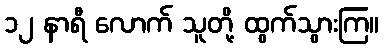
၁၂ နာရီ လောက် သူတို့ ထွက်သွားကြ။